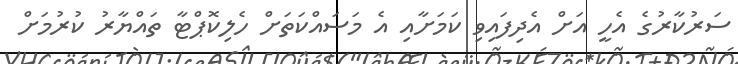
ސަރުކާރުގެ އެހީ އަށް އެދިފައިވި ކަމަށާއި އެ މަސައްކަތަށް ހެލިކޮޕްޓާ ތައްޔާރު ކުރުމަށް